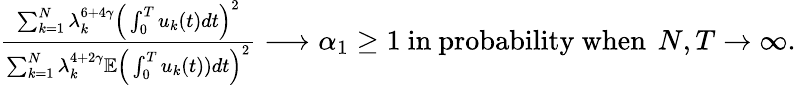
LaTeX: \begin{array}{r}{\frac{\sum_{k=1}^{N}\lambda_{k}^{6+4\gamma}\Big(\int_{0}^{T}u_{k}(t)dt\Big)^{2}}{\sum_{k=1}^{N}\lambda_{k}^{4+2\gamma}\mathbb E\Big(\int_{0}^{T}u_{k}(t))dt\Big)^{2}}\longrightarrow\alpha_{1}\ge 1\mathrm{~in~probability~when~}\, N,T\rightarrow\infty.}\end{array}